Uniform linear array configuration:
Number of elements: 48
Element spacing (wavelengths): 0.5
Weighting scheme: exponential
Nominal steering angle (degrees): -60
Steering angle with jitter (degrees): -58.62
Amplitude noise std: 0.05
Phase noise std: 0.05

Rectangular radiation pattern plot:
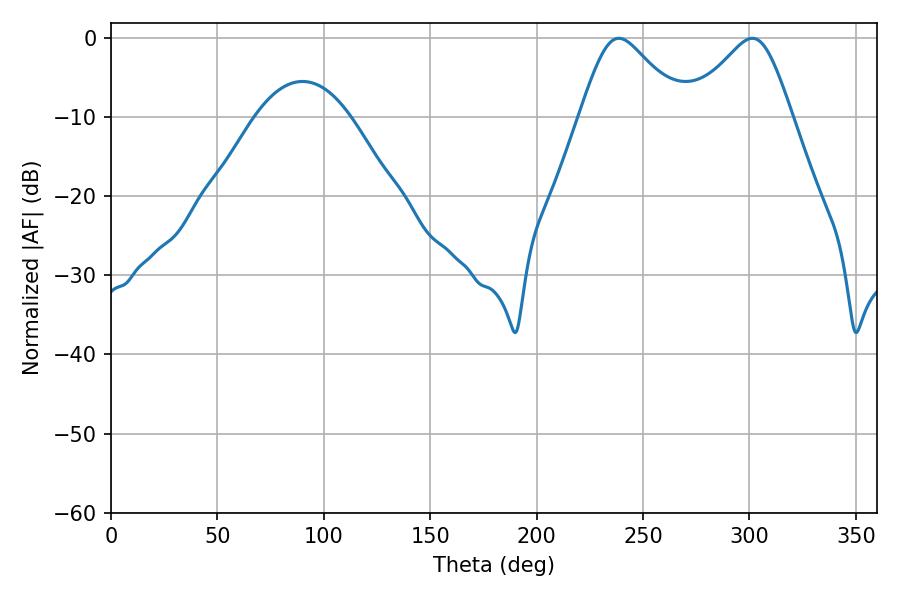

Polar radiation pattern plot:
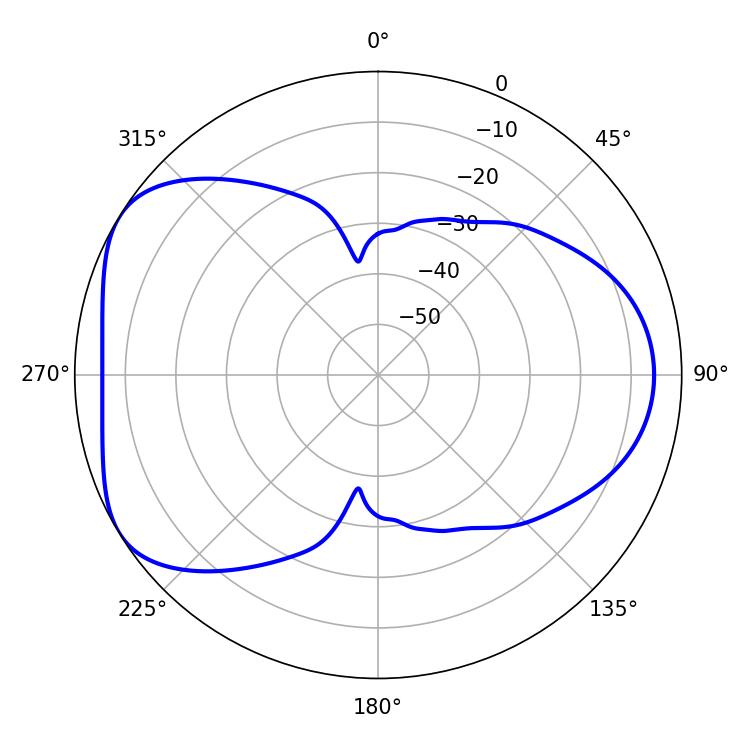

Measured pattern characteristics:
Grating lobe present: FALSE
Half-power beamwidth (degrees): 23.76
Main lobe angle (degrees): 238.68